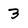
Character: 3